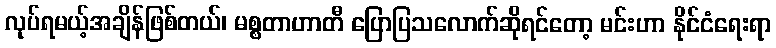
လုပ်ရမယ့်အချိန်ဖြစ်တယ်၊ မစ္စတာဟာတီ ပြောပြသလောက်ဆိုရင်တော့ မင်းဟာ နိုင်ငံရေးရာ